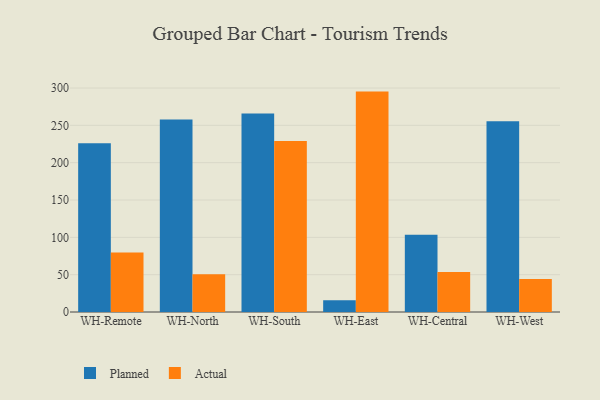
{"axis": {"x": "Warehouse", "y": "Revenue (USD Million)"}, "legend": ["Actual", "Planned"], "data": [{"x": "WH-Remote", "y": 226.0, "type": "Planned"}, {"x": "WH-Remote", "y": 79.6, "type": "Actual"}, {"x": "WH-North", "y": 257.7, "type": "Planned"}, {"x": "WH-North", "y": 50.7, "type": "Actual"}, {"x": "WH-South", "y": 266.0, "type": "Planned"}, {"x": "WH-South", "y": 229.1, "type": "Actual"}, {"x": "WH-East", "y": 15.7, "type": "Planned"}, {"x": "WH-East", "y": 295.2, "type": "Actual"}, {"x": "WH-Central", "y": 103.4, "type": "Planned"}, {"x": "WH-Central", "y": 53.7, "type": "Actual"}, {"x": "WH-West", "y": 255.6, "type": "Planned"}, {"x": "WH-West", "y": 44.1, "type": "Actual"}]}